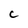
Character: C